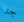
جدا